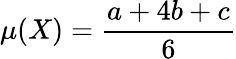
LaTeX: \mu(X)={\frac{a+4b+c}{6}}